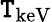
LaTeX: \mathtt{T}_{\mathrm{{keV}}}